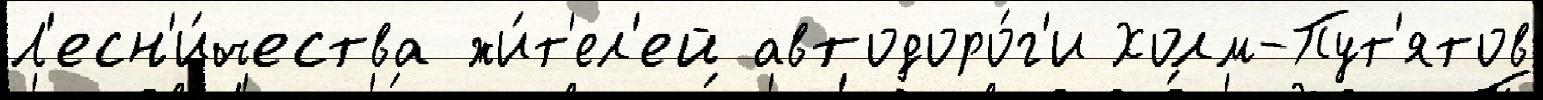
Л'есн'и́чества жи́т'ел'ей автодоро́г'и Холм-Пут'ятов